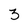
Character: 3